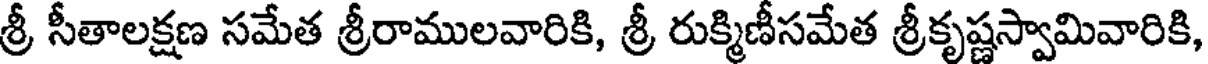
శ్రీ సీతాలక్షణ సమేత శ్రీరాములవారికి, శ్రీ రుక్మిణీసమేత శ్రీకృష్ణస్వామివారికి,